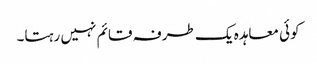
کوئی معاہدہ یک طرفہ قائم نہیں رہتا۔